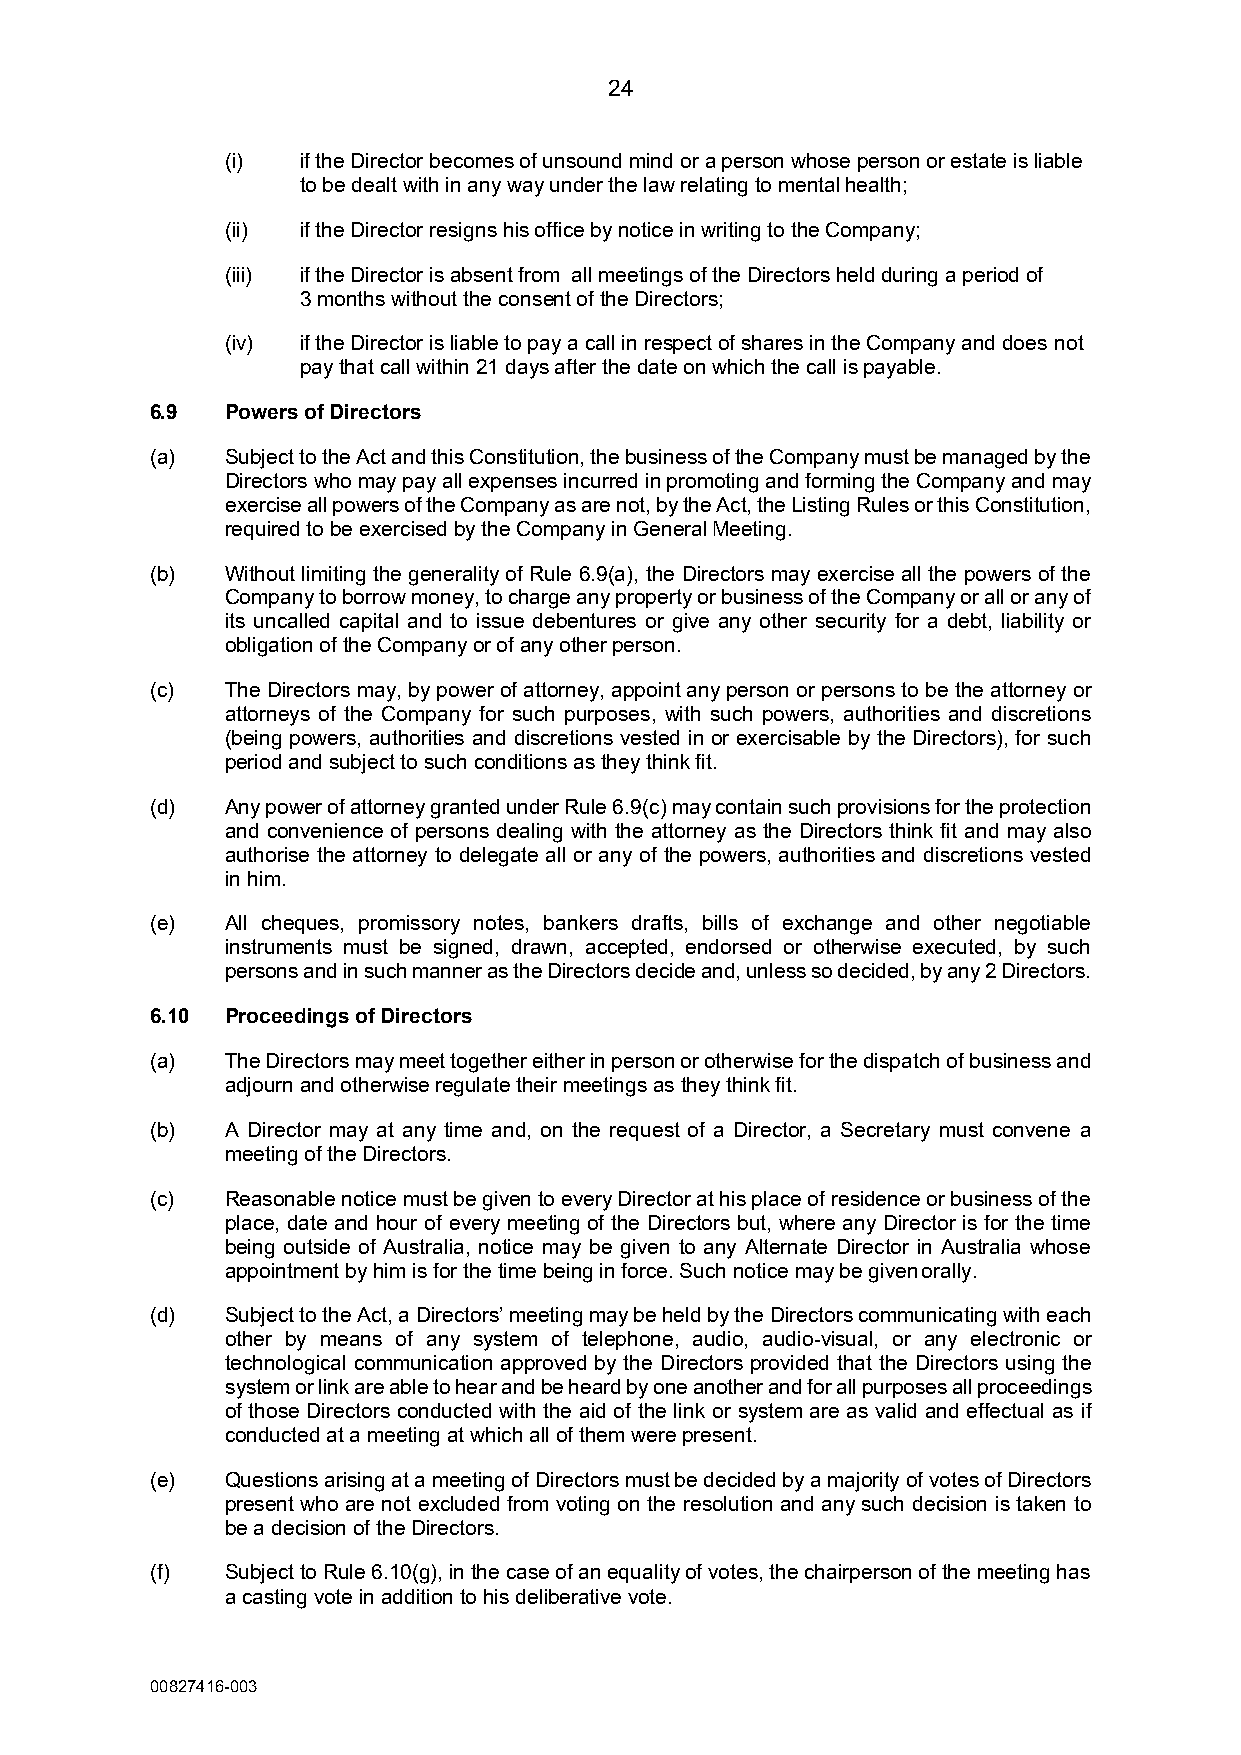
24
 (i)  if the Director becomes of unsound mind or a person whose person or estate is liable
 to be dealt with in any way under the law relating to mental health;
 (ii) if the Director resigns his office by notice in writing to the Company;
 (iii) if the Director is absent from all meetings of the Directors held during a period of
 3 months without the consent of the Directors;
 (iv) if the Director is liable to pay a call in respect of shares in the Company and does not
 pay that call within 21 days after the date on which the call is payable.
 6.9  Powers of Directors
 (a)  Subject to the Act and this Constitution, the business of the Company must be managed by the
 Directors who may pay all expenses incurred in promoting and forming the Company and may
 exercise all powers of the Company as are not, by the Act, the Listing Rules or this Constitution,
 required to be exercised by the Company in General Meeting.
 (b)  Without limiting the generality of Rule 6.9(a), the Directors may exercise all the powers of the
 Company to borrow money, to charge any property or business of the Company or all or any of
 its uncalled capital and to issue debentures or give any other security for a debt, liability or
 obligation of the Company or of any other person.
 (c)  The Directors may, by power of attorney, appoint any person or persons to be the attorney or
 attorneys of the Company for such purposes, with such powers, authorities and discretions
 (being powers, authorities and discretions vested in or exercisable by the Directors), for such
 period and subject to such conditions as they think fit.
 (d)  Any power of attorney granted under Rule 6.9(c) may contain such provisions for the protection
 and convenience of persons dealing with the attorney as the Directors think fit and may also
 authorise the attorney to delegate all or any of the powers, authorities and discretions vested
 in him.
 (e)  All cheques, promissory notes, bankers drafts, bills of exchange and other negotiable
 instruments must be signed, drawn, accepted, endorsed or otherwise executed, by such
 persons and in such manner as the Directors decide and, unless so decided, by any 2 Directors.
 6.10 Proceedings of Directors
 (a)  The Directors may meet together either in person or otherwise for the dispatch of business and
 adjourn and otherwise regulate their meetings as they think fit.
 (b)  A Director may at any time and, on the request of a Director, a Secretary must convene a
 meeting of the Directors.
 (c)  Reasonable notice must be given to every Director at his place of residence or business of the
 place, date and hour of every meeting of the Directors but, where any Director is for the time
 being outside of Australia, notice may be given to any Alternate Director in Australia whose
 appointment by him is for the time being in force. Such notice may be given orally.
 (d)  Subject to the Act, a Directors’ meeting may be held by the Directors communicating with each
 other by means of any system of telephone, audio, audio-visual, or any electronic or
 technological communication approved by the Directors provided that the Directors using the
 system or link are able to hear and be heard by one another and for all purposes all proceedings
 of those Directors conducted with the aid of the link or system are as valid and effectual as if
 conducted at a meeting at which all of them were present.
 (e)  Questions arising at a meeting of Directors must be decided by a majority of votes of Directors
 present who are not excluded from voting on the resolution and any such decision is taken to
 be a decision of the Directors.
 (f)  Subject to Rule 6.10(g), in the case of an equality of votes, the chairperson of the meeting has
 a casting vote in addition to his deliberative vote.
 00827416-003